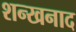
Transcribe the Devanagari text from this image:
शन्खनाद